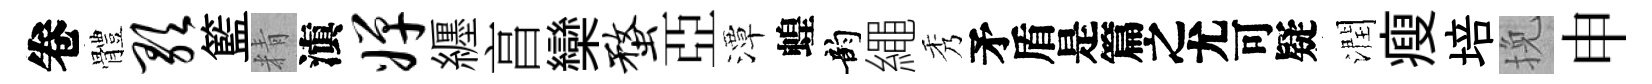
卷體歌籃精滇婵纒亯欒蝥亞潭蝗韵繩秀待潤瘦培挽申